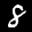
Label: 8